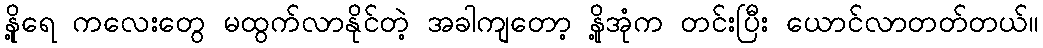
နို့ရေ ကလေးတွေ မထွက်လာနိုင်တဲ့ အခါကျတော့ နို့အုံက တင်းပြီး ယောင်လာတတ်တယ်။